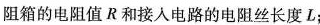
电阻箱的电阻值R和接入电路的电阻丝长度L；